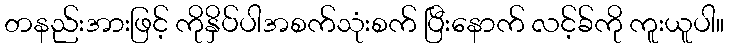
တနည်းအားဖြင့် ကိုနှိပ်ပါအစက်သုံးစက် ပြီးနောက် လင့်ခ်ကို ကူးယူပါ။